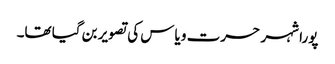
پورا شہر حسرت و یاس کی تصویر بن گیا تھا۔